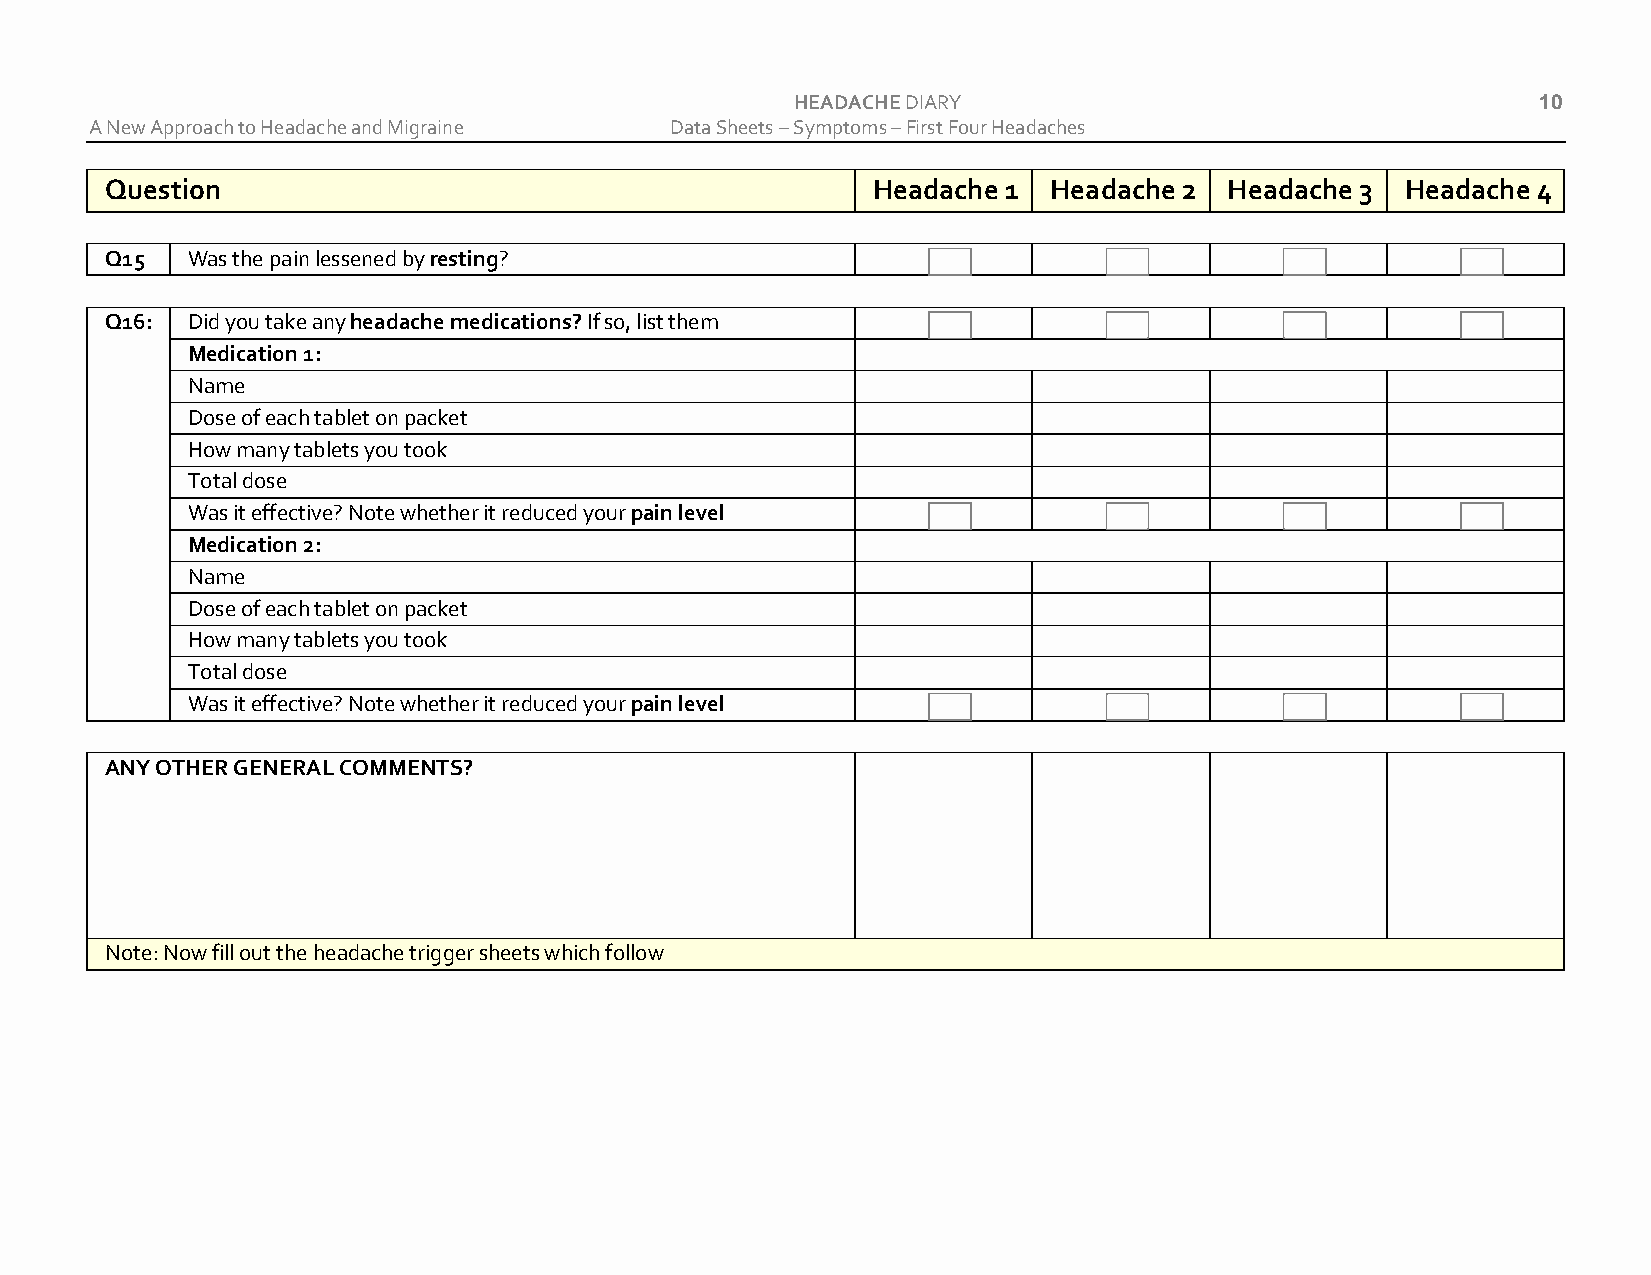
HEADACHE DIARY                                   10
 A New Approach to Headache and Migraine Data Sheets – Symptoms – First Four Headaches
 Question                                           Headache 1 Headache 2  Headache 3  Headache 4
 Q15  Was the pain lessened by resting?
 Q16: Did you take any headache medications? If so, list them
 Medication 1:
 Name
 Dose of each tablet on packet
 How many tablets you took
 Total dose
 Was it effective? Note whether it reduced your pain level
 Medication 2:
 Name
 Dose of each tablet on packet
 How many tablets you took
 Total dose
 Was it effective? Note whether it reduced your pain level
 ANY OTHER GENERAL COMMENTS?
 Note: Now fill out the headache trigger sheets which follow